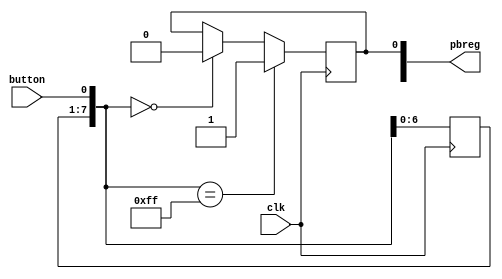
`timescale 1ns / 1ps
//////////////////////////////////////////////////////////////////////////////////
// Company: 
// Engineer: 
// 
// Design Name: 
// Module Name:    pbdebounce 
// Project Name: 
// Target Devices: 
// Tool versions: 
// Description: 
//
// Dependencies: 
//
// Revision: 
// Revision 0.01 - File Created
// Additional Comments: 
//
//////////////////////////////////////////////////////////////////////////////////
module pbdebounce(
   input wire clk,
	input wire button,
	output reg [1:0] pbreg);
	
	reg [7:0] pbshift;
	always@(posedge clk) begin
		pbshift = pbshift << 1;//1
		pbshift[0] = button;
		if (pbshift == 0)
			pbreg[0] = 0;
		if (pbshift == 8'hFF)// pbshift1
			pbreg[0] = 1;
	end
	
	
endmodule